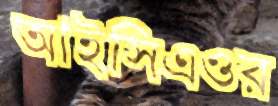
আইসিএওর